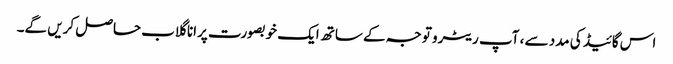
اس گائیڈ کی مدد سے ، آپ ریٹرو توجہ کے ساتھ ایک خوبصورت پرانا گلاب حاصل کریں گے۔